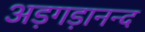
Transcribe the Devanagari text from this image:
अड़गड़ानन्द